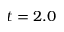
t = 2 . 0